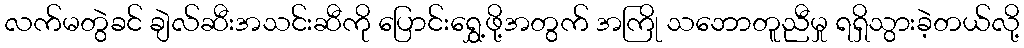
လက်မတွဲခင် ချဲလ်ဆီးအသင်းဆီကို ပြောင်းရွှေ့ဖို့အတွက် အကြို သဘောတူညီမှု ရရှိသွားခဲ့တယ်လို့